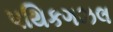
પથિકગઝલ